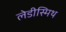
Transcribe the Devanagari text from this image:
लेडीस्मिथ